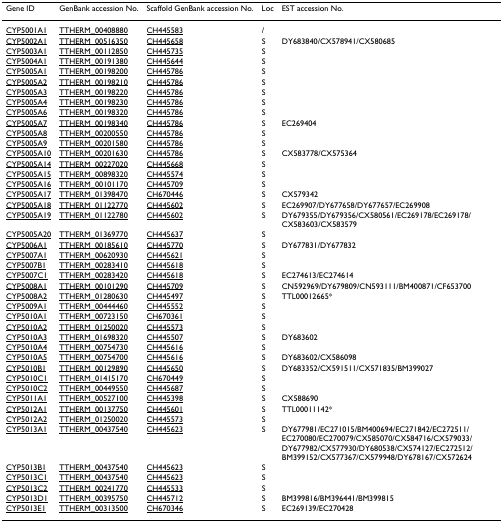
<table><thead><tr><td><b>Gene ID</b></td><td><b>GenBank accession No.</b></td><td><b>Scaffold GenBank accession No.</b></td><td><b>Loc</b></td><td><b>EST accession No.</b></td></tr></thead><tbody><tr><td>CYP5001A1</td><td>TTHERM_00408880</td><td>CH445583</td><td>/</td><td></td></tr><tr><td>CYP5002A1</td><td>TTHERM_00516350</td><td>CH445658</td><td>S</td><td>DY683840/CX578941/CX580685</td></tr><tr><td>CYP5003A1</td><td>TTHERM_00112850</td><td>CH445735</td><td>S</td><td></td></tr><tr><td>CYP5004A1</td><td>TTHERM_00191380</td><td>CH445644</td><td>S</td><td></td></tr><tr><td>CYP5005A1</td><td>TTHERM_00198200</td><td>CH445786</td><td>S</td><td></td></tr><tr><td>CYP5005A2</td><td>TTHERM_00198210</td><td>CH445786</td><td>S</td><td></td></tr><tr><td>CYP5005A3</td><td>TTHERM_00198220</td><td>CH445786</td><td>S</td><td></td></tr><tr><td>CYP5005A4</td><td>TTHERM_00198230</td><td>CH445786</td><td>S</td><td></td></tr><tr><td>CYP5005A6</td><td>TTHERM_00198320</td><td>CH445786</td><td>S</td><td></td></tr><tr><td>CYP5005A7</td><td>TTHERM_00198340</td><td>CH445786</td><td>S</td><td>EC269404</td></tr><tr><td>CYP5005A8</td><td>TTHERM_00200550</td><td>CH445786</td><td>S</td><td></td></tr><tr><td>CYP5005A9</td><td>TTHERM_00201580</td><td>CH445786</td><td>S</td><td></td></tr><tr><td>CYP5005A10</td><td>TTHERM_00201630</td><td>CH445786</td><td>S</td><td>CX583778/CX575364</td></tr><tr><td>CYP5005A14</td><td>TTHERM_00227020</td><td>CH445668</td><td>S</td><td></td></tr><tr><td>CYP5005A15</td><td>TTHERM_00898320</td><td>CH445574</td><td>S</td><td></td></tr><tr><td>CYP5005A16</td><td>TTHERM_00101170</td><td>CH445709</td><td>S</td><td></td></tr><tr><td>CYP5005A17</td><td>TTHERM_01398470</td><td>CH670446</td><td>S</td><td>CX579342</td></tr><tr><td>CYP5005A18</td><td>TTHERM_01122770</td><td>CH445602</td><td>S</td><td>EC269907/DY677658/DY677657/EC269908</td></tr><tr><td>CYP5005A19</td><td>TTHERM_01122780</td><td>CH445602</td><td>S</td><td>DY679355/DY679356/CX580561/EC269178/EC269178/CX583603/CX583579</td></tr><tr><td>CYP5005A20</td><td>TTHERM_01369770</td><td>CH445637</td><td>S</td><td></td></tr><tr><td>CYP5006A1</td><td>TTHERM_00185610</td><td>CH445770</td><td>S</td><td>DY677831/DY677832</td></tr><tr><td>CYP5007A1</td><td>TTHERM_00620930</td><td>CH445621</td><td>S</td><td></td></tr><tr><td>CYP5007B1</td><td>TTHERM_00283410</td><td>CH445618</td><td>S</td><td></td></tr><tr><td>CYP5007C1</td><td>TTHERM_00283420</td><td>CH445618</td><td>S</td><td>EC274613/EC274614</td></tr><tr><td>CYP5008A1</td><td>TTHERM_00101290</td><td>CH445709</td><td>S</td><td>CN592969/DY679809/CN593111/BM400871/CF653700</td></tr><tr><td>CYP5008A2</td><td>TTHERM_01280630</td><td>CH445497</td><td>S</td><td>TTL00012665*</td></tr><tr><td>CYP5009A1</td><td>TTHERM_00444460</td><td>CH445552</td><td>S</td><td></td></tr><tr><td>CYP5010A1</td><td>TTHERM_00723150</td><td>CH670361</td><td>S</td><td></td></tr><tr><td>CYP5010A2</td><td>TTHERM_01250020</td><td>CH445573</td><td>S</td><td></td></tr><tr><td>CYP5010A3</td><td>TTHERM_01698320</td><td>CH445507</td><td>S</td><td>DY683602</td></tr><tr><td>CYP5010A4</td><td>TTHERM_00754730</td><td>CH445616</td><td>S</td><td></td></tr><tr><td>CYP5010A5</td><td>TTHERM_00754700</td><td>CH445616</td><td>S</td><td>DY683602/CX586098</td></tr><tr><td>CYP5010B1</td><td>TTHERM_00129890</td><td>CH445650</td><td>S</td><td>DY683352/CX591511/CX571835/BM399027</td></tr><tr><td>CYP5010C1</td><td>TTHERM_01415170</td><td>CH670449</td><td>S</td><td></td></tr><tr><td>CYP5010C2</td><td>TTHERM_00449550</td><td>CH445687</td><td>S</td><td></td></tr><tr><td>CYP5011A1</td><td>TTHERM_00527100</td><td>CH445398</td><td>S</td><td>CX588690</td></tr><tr><td>CYP5012A1</td><td>TTHERM_00137750</td><td>CH445601</td><td>S</td><td>TTL00011142*</td></tr><tr><td>CYP5012A2</td><td>TTHERM_01250020</td><td>CH445573</td><td>S</td><td></td></tr><tr><td>CYP5013A1</td><td>TTHERM_00437540</td><td>CH445623</td><td>S</td><td>DY677981/EC271015/BM400694/EC271842/EC272511/EC270080/EC270079/CX585070/CX584716/CX579033/DY677982/CX577930/DY680538/CX574127/EC272512/BM399152/CX577367/CX579948/DY678167/CX572624</td></tr><tr><td>CYP5013B1</td><td>TTHERM_00437540</td><td>CH445623</td><td>S</td><td></td></tr><tr><td>CYP5013C1</td><td>TTHERM_00437540</td><td>CH445623</td><td>S</td><td></td></tr><tr><td>CYP5013C2</td><td>TTHERM_00241770</td><td>CH445533</td><td>S</td><td></td></tr><tr><td>CYP5013D1</td><td>TTHERM_00395750</td><td>CH445712</td><td>S</td><td>BM399816/BM396441/BM399815</td></tr><tr><td>CYP5013E1</td><td>TTHERM_00313500</td><td>CH670346</td><td>S</td><td>EC269139/EC270428</td></tr></tbody></table>